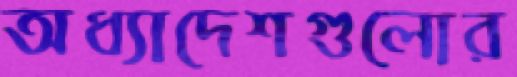
অধ্যাদেশগুলোর